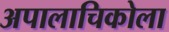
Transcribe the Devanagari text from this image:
अपालाचिकोला